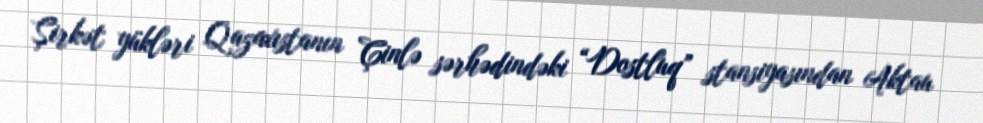
Şirkət yükləri Qazaxıstanın Çinlə sərhədindəki “Dostluq” stansiyasından Aktau